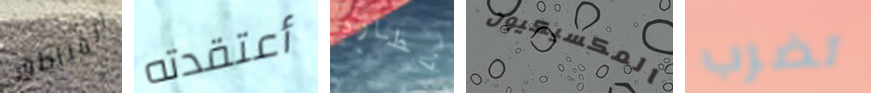
المناطق أعتقدته نطارد المكسيكيون تضرب